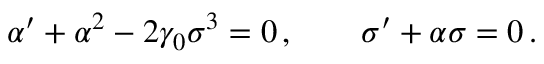
\alpha ^ { \prime } + \alpha ^ { 2 } - 2 \gamma _ { 0 } \sigma ^ { 3 } = 0 \, , \qquad \sigma ^ { \prime } + \alpha \sigma = 0 \, .